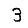
Digit: 3